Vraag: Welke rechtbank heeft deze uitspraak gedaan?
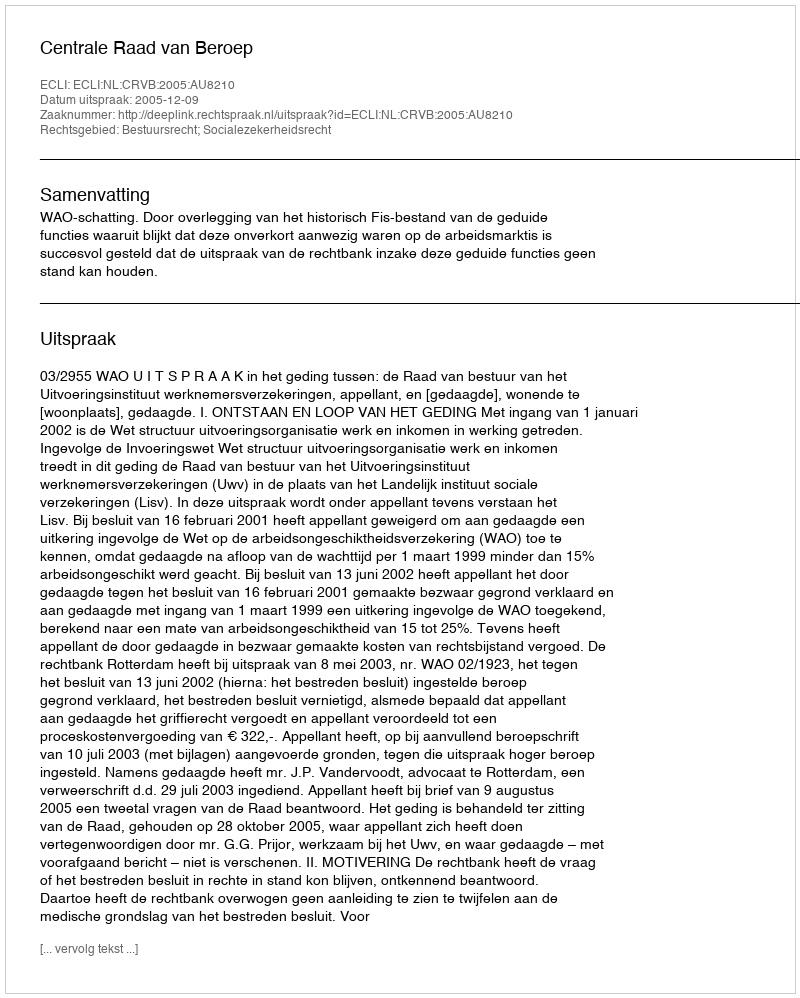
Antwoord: Centrale Raad van Beroep